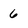
Character: 6